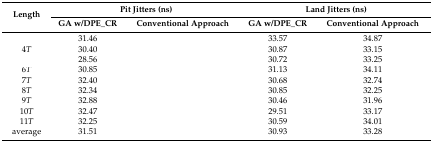
<table><thead><tr><td rowspan="2"><b>Length</b></td><td colspan="2"><b>Pit Jitters (ns)</b></td><td colspan="2"><b>Land Jitters (ns)</b></td></tr><tr><td><b>GA w/DPE_CR</b></td><td><b>Conventional Approach</b></td><td><b>GA w/DPE_CR</b></td><td><b>Conventional Approach</b></td></tr></thead><tbody><tr><td>[EMPTY_CELL]</td><td>31.46</td><td>[EMPTY_CELL]</td><td>33.57</td><td>34.87</td></tr><tr><td>4<i>T</i></td><td>30.40</td><td>[EMPTY_CELL]</td><td>30.87</td><td>33.15</td></tr><tr><td>[EMPTY_CELL]</td><td>28.56</td><td>[EMPTY_CELL]</td><td>30.72</td><td>33.25</td></tr><tr><td>6<i>T</i></td><td>30.85</td><td>[EMPTY_CELL]</td><td>31.13</td><td>34.11</td></tr><tr><td>7<i>T</i></td><td>32.40</td><td>[EMPTY_CELL]</td><td>30.68</td><td>32.74</td></tr><tr><td>8<i>T</i></td><td>32.34</td><td>[EMPTY_CELL]</td><td>30.85</td><td>32.25</td></tr><tr><td>9<i>T</i></td><td>32.88</td><td>[EMPTY_CELL]</td><td>30.46</td><td>31.96</td></tr><tr><td>10<i>T</i></td><td>32.47</td><td>[EMPTY_CELL]</td><td>29.51</td><td>33.17</td></tr><tr><td>11<i>T</i></td><td>32.25</td><td>[EMPTY_CELL]</td><td>30.59</td><td>34.01</td></tr><tr><td>average</td><td>31.51</td><td>[EMPTY_CELL]</td><td>30.93</td><td>33.28</td></tr></tbody></table>